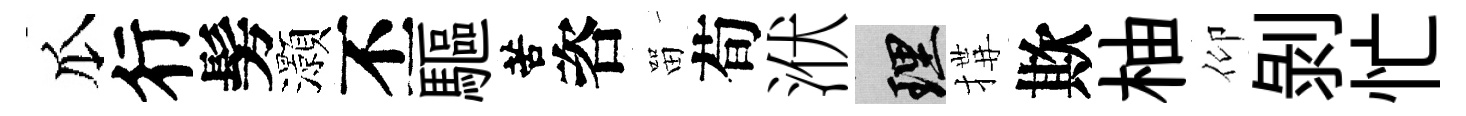
瓜行髣灝丕驅苦咨㽞荀洑理搆欺柚仰剥忙